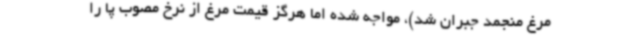
مرغ منجمد جبران شد)، مواجه شده اما هرگز قیمت مرغ از نرخ مصوب پا را